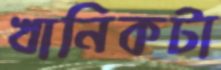
খানিকটা